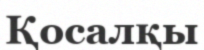
Қосалқы